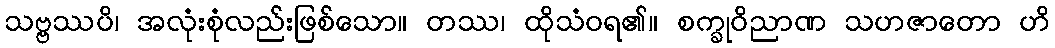
သဗ္ဗဿပိ၊ အလုံးစုံလည်းဖြစ်သော။ တဿ၊ ထိုသံဝရ၏။ စက္ခုဝိညာဏ သဟဇာတော ဟိ